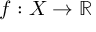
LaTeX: f : X \rightarrow \mathbb { R }